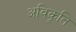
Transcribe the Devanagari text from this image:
अविकृति